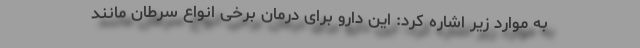
به موارد زیر اشاره کرد: این دارو برای درمان برخی انواع سرطان مانند